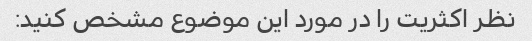
نظر اکثریت را در مورد این موضوع مشخص کنید: